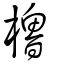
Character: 樐